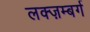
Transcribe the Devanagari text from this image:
लक्ज़म्बर्ग